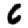
Digit: 6